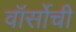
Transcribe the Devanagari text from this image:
वॉर्सोची